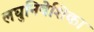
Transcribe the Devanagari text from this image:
लघुनिवेशिका